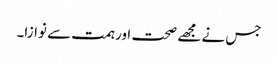
جس نے مجھے صحت اور ہمت سے نوازا۔